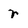
Character: r